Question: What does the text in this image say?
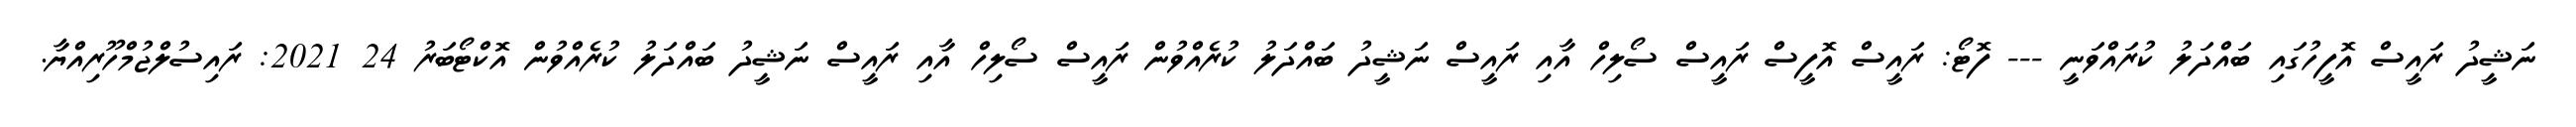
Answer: ނަޝީދު ރައީސް އޮފީހުގައި ބައްދަލު ކުރައްވަނީ --- ފޮޓޯ: ރައީސް އޮފީސް ރައީސް ސޯލިހް އާއި ރައީސް ނަޝީދު ބައްދަލު ކުރެއްވުން ރައީސް ސޯލިހް އާއި ރައީސް ނަޝީދު ބައްދަލު ކުރެއްވުން އޮކްޓޯބަރު 24 2021: ރައިސުލްޖުމްހޫރިއްޔާ.